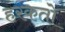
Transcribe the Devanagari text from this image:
हरकतो